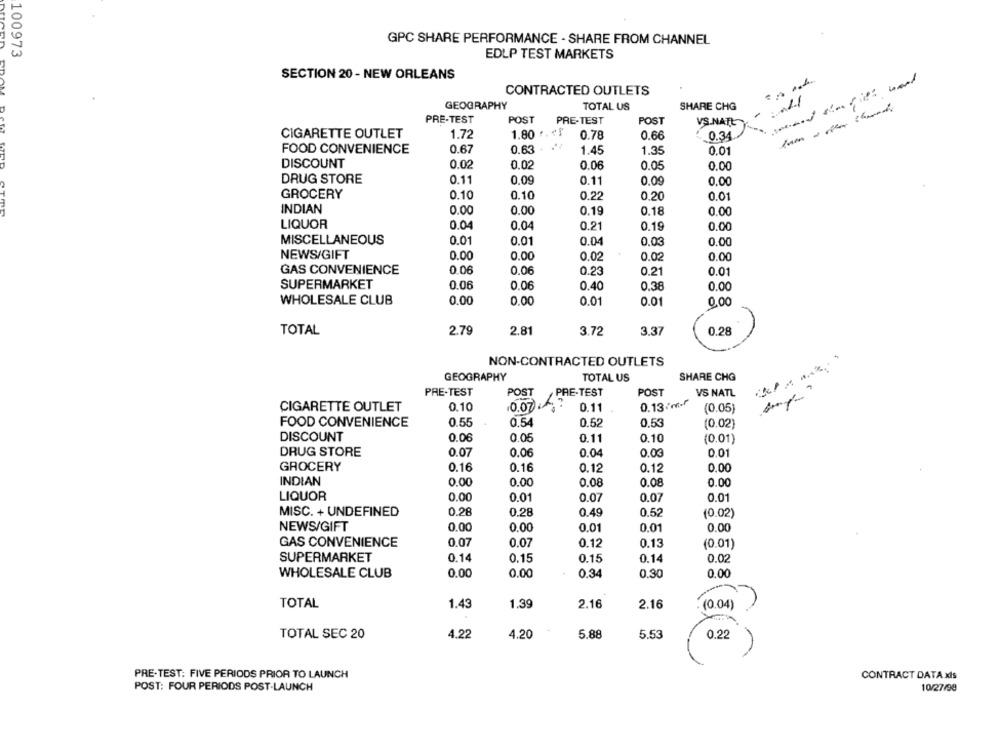
GPC SHARE PERFORMANCE - SHARE FROM CHANNEL
100973
EDLP TEST MARKETS
SECTION 20 - NEW ORLEANS
CONTRACTED OUTLETS
GEOGRAPHY
TOTAL US
SHARE CHG
-----
PRE-TEST
POST
PRE-TEST
POST
VS.NATL
CIGARETTE OUTLET
1.72
1.80 .. +1
0.78
0.66
0.34
FOOD CONVENIENCE
0.67
0.63
1.45
1.35
0.01
DISCOUNT
0.02
0.02
0.06
0.05
0.00
DRUG STORE
0.11
0.09
0.11
0.09
0.00
GROCERY
0.10
0.10
0.22
0.20
0.01
INDIAN
0.00
0.00
0.19
0.18
0.00
LIQUOR
0.04
0.04
0.21
0.00
0.19
MISCELLANEOUS
0.01
0.01
0.04
0.00
0.03
NEWS/GIFT
0.00
0.00
0.02
0.02
0.00
GAS CONVENIENCE
0.06
0.06
0.23
0.01
0.21
SUPERMARKET
0.06
0.06
0.40
0.00
0.38
WHOLESALE CLUB
0.00
0.01
0.00
0.01
0,00
TOTAL
2.79
0.28
2.81
3.72
3.3
NON-CONTRACTED OUTLETS
GEOGRAPHY
TOTAL US
SHARE CHG
PRE-TEST
POST
PRE-TEST
POST
VS NATL
10.07?
0.13 m.f
CIGARETTE OUTLET
0.10
0.11
(0.05]
FOOD CONVENIENCE
0.55
0.54
0.52
0.53
(0.02)
DISCOUNT
0.06
0.05
0.11
0.10
(0.01)
DRUG STORE
0.07
0.06
0.04
0.03
0.01
GROCERY
0.16
0.16
0.12
0.12
0,00
INDIAN
0.00
0.00
0.08
0.08
0.00
LIQUOR
0.00
0.01
0.07
0.07
0.01
MISC. + UNDEFINED
0.28
0.28
0.49
0.52
(0.02)
NEWS/GIFT
0.00
0.00
0.01
0.01
0.00
GAS CONVENIENCE
0.07
0.07
0.12
0.13
(0.01)
SUPERMARKET
0.14
0.15
0.15
0.14
0.02
WHOLESALE CLUB
0.00
0.00
0.34
0.30
0.00
TOTAL
1.43
1.39
2.16
2.16
(0.04)
TOTAL SEC 20
4.22
4.20
5.88
5.53
022
PRE-TEST: FIVE PERIODS PRIOR TO LAUNCH
CONTRACT DATA xls
POST: FOUR PERIODS POST-LAUNCH
10/27/98